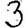
Digit: 3